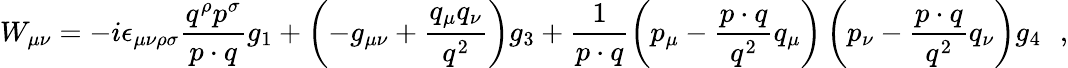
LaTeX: W_{\mu\nu}=-i\epsilon_{\mu\nu\rho\sigma}\frac{q^{\rho}p^{\sigma}}{p\cdot q}g_{1}+\left(-g_{\mu\nu}+\frac{q_{\mu}q_{\nu}}{q^{2}}\right)g_{3}+\frac{1}{p\cdot q}\left(p_{\mu}-\frac{p\cdot q}{q^{2}}q_{\mu}\right)\left(p_{\nu}-\frac{p\cdot q}{q^{2}}q_{\nu}\right)g_{4}\: \: \: ,